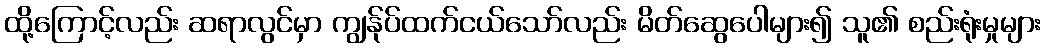
ထို့ကြောင့်လည်း ဆရာလွင်မှာ ကျွန်ုပ်ထက်ငယ်သော်လည်း မိတ်ဆွေပေါများ၍ သူ၏ စည်းရုံးမှုများ